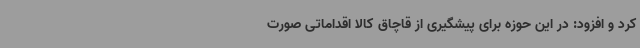
کرد و افزود: در این حوزه برای پیشگیری از قاچاق کالا اقداماتی صورت